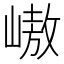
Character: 㠂